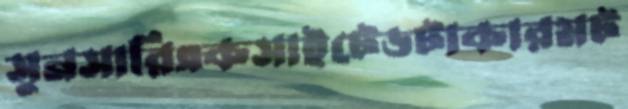
সুনসারিএকসাইটেডটাকারমট